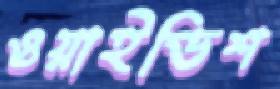
ওয়াইডিশ